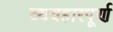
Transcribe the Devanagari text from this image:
व्यवहारपूर्ण